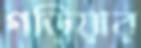
গড়িয়ার